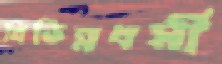
বিভিন্নধর্মী